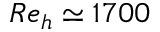
R e _ { h } \simeq 1 7 0 0